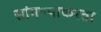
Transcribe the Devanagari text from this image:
सांगण्याकरता